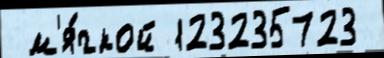
 м'я́гкой 123235723